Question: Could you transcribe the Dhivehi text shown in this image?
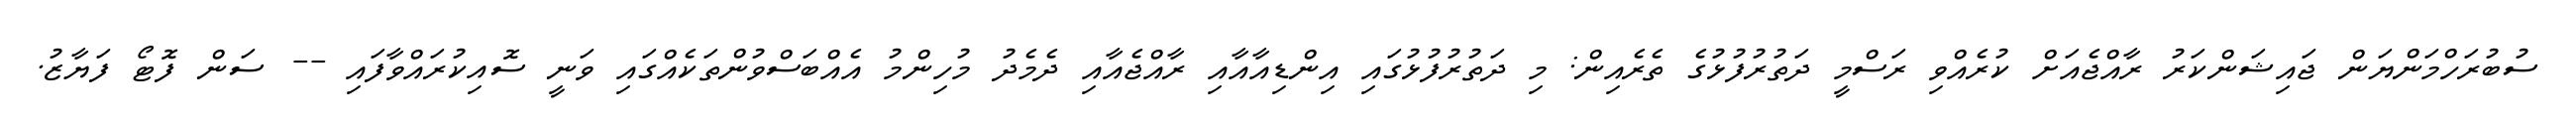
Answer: ސުބުރަހްމަންޔަން ޖައިޝަންކަރު ރާއްޖެއަށް ކުރެއްވި ރަސްމީ ދަތުރުފުޅުގެ ތެރެއިން: މި ދަތުރުފުޅުގައި އިންޑިއާއާއި ރާއްޖެއާއި ދެމެދު މުހިންމު އެއްބަސްވުންތަކެއްގައި ވަނީ ސޮއިކުރައްވާފައި -- ސަން ފޮޓޯ ފަޔާޒު.